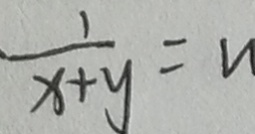
\frac { 1 } { x + y } =